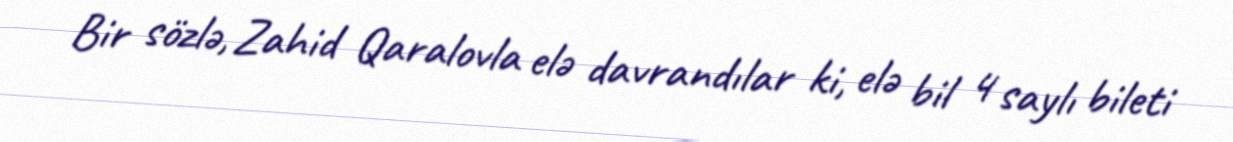
Bir sözlə, Zahid Qaralovla elə davrandılar ki, elə bil 4 saylı bileti